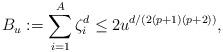
LaTeX: \begin{align*} B_u := \sum_{i=1}^A \zeta_{i}^d \le 2 u^{ d/ (2(p+1)(p+2))}, \end{align*}